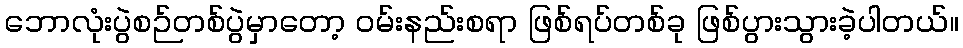
ဘောလုံးပွဲစဉ်တစ်ပွဲမှာတော့ ဝမ်းနည်းစရာ ဖြစ်ရပ်တစ်ခု ဖြစ်ပွားသွားခဲ့ပါတယ်။